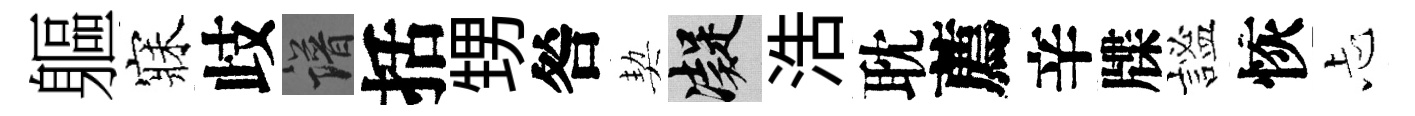
軀寐歧譜括甥咎契凝浩耽薦辛牒謐恢忐